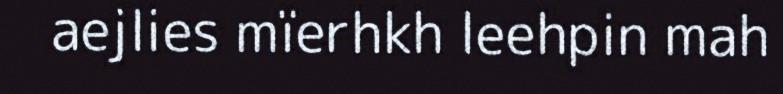
aejlies mïerhkh leehpin mah